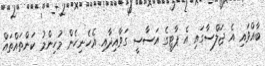
ބާއްވައި އެ ޖަލްސާގައި އެ ޕާޓީގެ އަސާސީ ގަވާއިދާއި އެހެނިހެން މުހިންމު ކަންތައްތައް